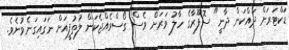
ޑަކްޓަރަށް ދައްކަން ދާނީ" ސޮފޫރާގެ ހާލު ވަރަށް ވެސް ގޯސްވެއްޖެކަން ލުތުފީއަށް ނަގައިގަނެވުނެވެ.